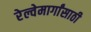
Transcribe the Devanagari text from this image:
रेल्वेमार्गांसाठी